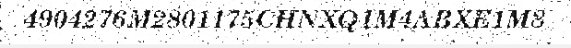
4904276M2801175CHNXQ1M4ABXE1M8